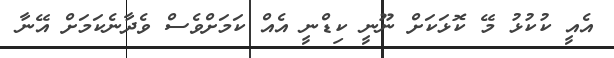
އެއީ ކުކުޅު މޭ ކޮޅަކަށް ނޫނީ ކިޑްނީ އެއް ކަމަށްވެސް ވެދާނެކަމަށް އޭނާ